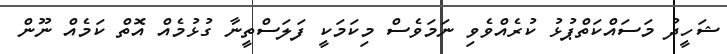
ޝަހީދު މަސައްކަތްޕުޅު ކުރެއްވެވި ނަމަވެސް މިކަމަކީ ފަލަސްތީނާ ގުޅުމެއް އޮތް ކަމެއް ނޫން